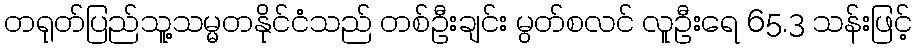
တရုတ်ပြည်သူ့သမ္မတနိုင်ငံသည် တစ်ဦးချင်း မွတ်စလင် လူဦးရေ 65.3 သန်းဖြင့်